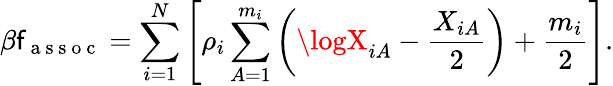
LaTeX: \beta\mathsf{f}_{\mathrm{{~a~s~s~o~c~}}}=\sum_{i=1}^{N}\left[\rho_{i}\sum_{A=1}^{m_{i}}\left(\logX_{iA}-\frac{{X_{iA}}}{{2}}\right)+\frac{{m_{i}}}{{2}}\right].